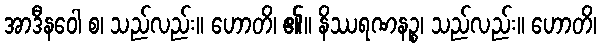
အာဒီနဝေါ စ၊ သည်လည်း။ ဟောတိ၊ ၏။ နိဿရဏနဉ္စ၊ သည်လည်း။ ဟောတိ၊